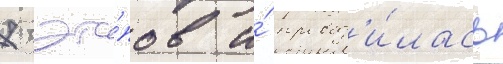
7 эта́пов и́ провод'и́лась